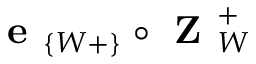
\textbf { e } _ { \{ W + \} } \circ \textbf { Z } _ { W } ^ { + }